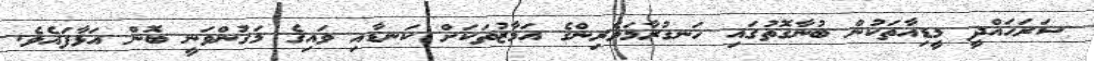
ސަރަހައްދީ މީޑިއާތަކުން ބުނާގޮތުގައި ހަނގުރާމަވެރިންގެ އަމާޒުތަކަށް ކަނޑާއި ވައިގެ މަގުންވަނީ ބޮން އަޅާފައެވެ.